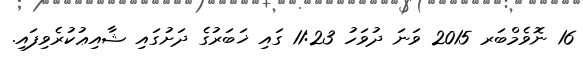
16 ނޮވެމްބަރ 2015 ވަނަ ދުވަހު 11:23 ގައި ޚަބަރުގެ ދަށުގައި ޝާއިޢުކުރެވިފައި.